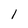
Character: 1